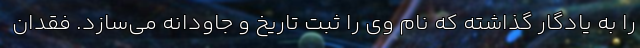
را به یادگار گذاشته که نام وی را ثبت تاریخ و جاودانه می‌سازد. فقدان